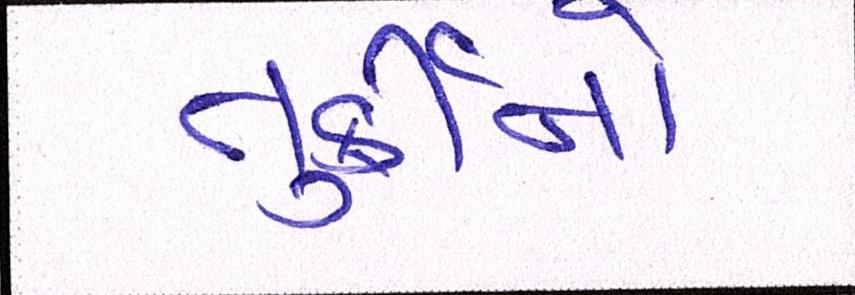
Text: તુર્કીનો